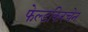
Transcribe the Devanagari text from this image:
फेल्डकिरचेन